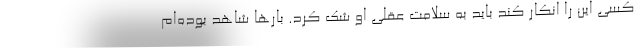
کسی این را انکار کند باید به سلامت عقلی او شک کرد. بارها شاهد بوده‌ام